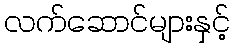
လက်ဆောင်များနှင့်